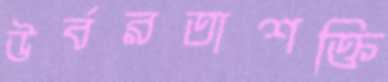
উর্বরতাশক্তি